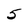
Character: 5